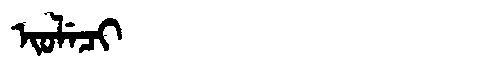
Manchu: ᡳᠣᠯᡝᠴᡳ
Romanization: IOLECI